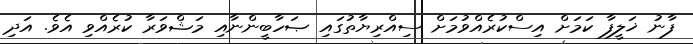
ފާނު ޚަލީފާ ކަމަށް އިސްކުރެއްވުމަށް ސިއްރިޔާތުގައި ޞަހާބީންނާއި މަޝްވަރާ ކުރެއްވި އެވެ. އަދި